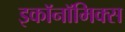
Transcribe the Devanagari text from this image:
इकाॅनाॅमिक्स